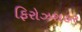
ફિરોઝશહર